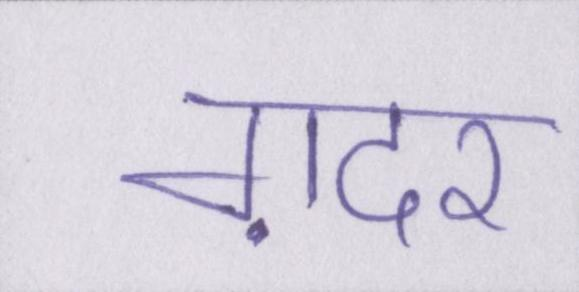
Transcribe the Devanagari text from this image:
ग़दर